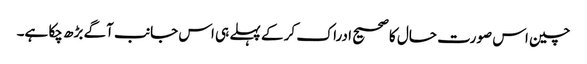
چین اس صورت حال کا صحیح ادراک کر کے پہلے ہی اس جانب آگے بڑھ چکا ہے۔